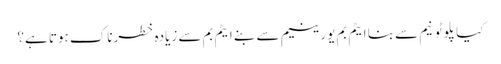
کیا پلوٹونیم سے بنا ایٹم بم یورینیم سے بنے ایٹم بم سے زیادہ خطرناک ہوتا ہے؟